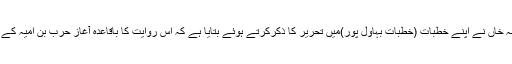
ڈاکٹر حمیداللہ خاں نے اپنے خطبات (خطباتِ بہاول پور)میں تحریر کا ذکرکرتے ہوئے بتایا ہے کہ اس روایت کا باقاعدہ آغاز حرب بن اُمیہ کے عہد میں ہُوا۔